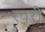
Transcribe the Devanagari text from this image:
रवरी